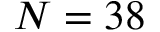
N = 3 8